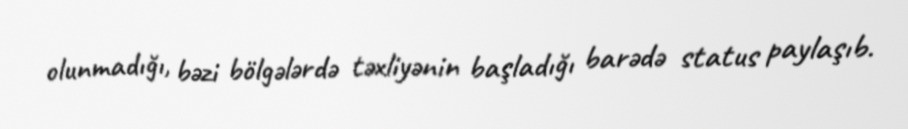
olunmadığı, bəzi bölgələrdə təxliyənin başladığı barədə status paylaşıb.